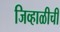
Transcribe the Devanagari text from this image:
जिव्हाळीची